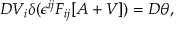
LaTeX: { \cal D } V _ { i } \delta ( \epsilon ^ { i j } F _ { i j } [ A + V ] ) = { \cal D } \theta ,